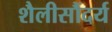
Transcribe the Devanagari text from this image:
शैलीसौंदर्य